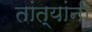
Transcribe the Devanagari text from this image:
तांत्यांनी